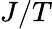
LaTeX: J/T